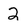
Character: 2